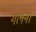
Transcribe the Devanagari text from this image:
गलेना